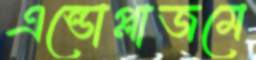
এন্ডোপ্লাজমে